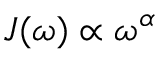
J ( \omega ) \propto \omega ^ { \alpha }